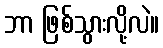
ဘာ ဖြစ်သွားလို့လဲ။